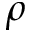
\rho